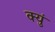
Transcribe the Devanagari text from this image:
क्युं